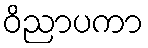
ဝိညာပကာ